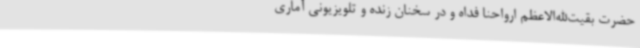
حضرت بقیت‌الله‌الاعظم ارواحنا فداه و در سخنان زنده و تلویزیونی آماری